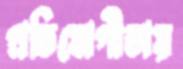
প্রতিযোগীতায়